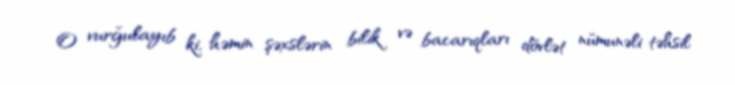
O vurğulayıb ki, həmin şəxslərin bilik və bacarıqları dövlət nümunəli təhsil